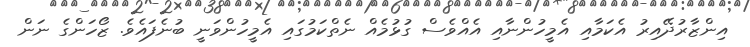
އިންޒާރުދޭއިރު އެކަމާއި އެމީހުންނާއި އެއްވެސް ގުޅުމެއް ނެތްކަމުގައި އެމީހުންވަނީ ބުނެފައެވެ. ޒޯހަންގެ ނަން